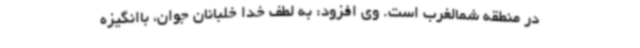
در منطقه شمالغرب است. وی افزود: به لطف خدا خلبانان جوان، باانگیزه